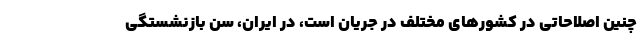
چنین اصلاحاتی در کشورهای مختلف در جریان است، در ایران، سن بازنشستگی